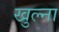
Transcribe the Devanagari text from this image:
खुल्ना